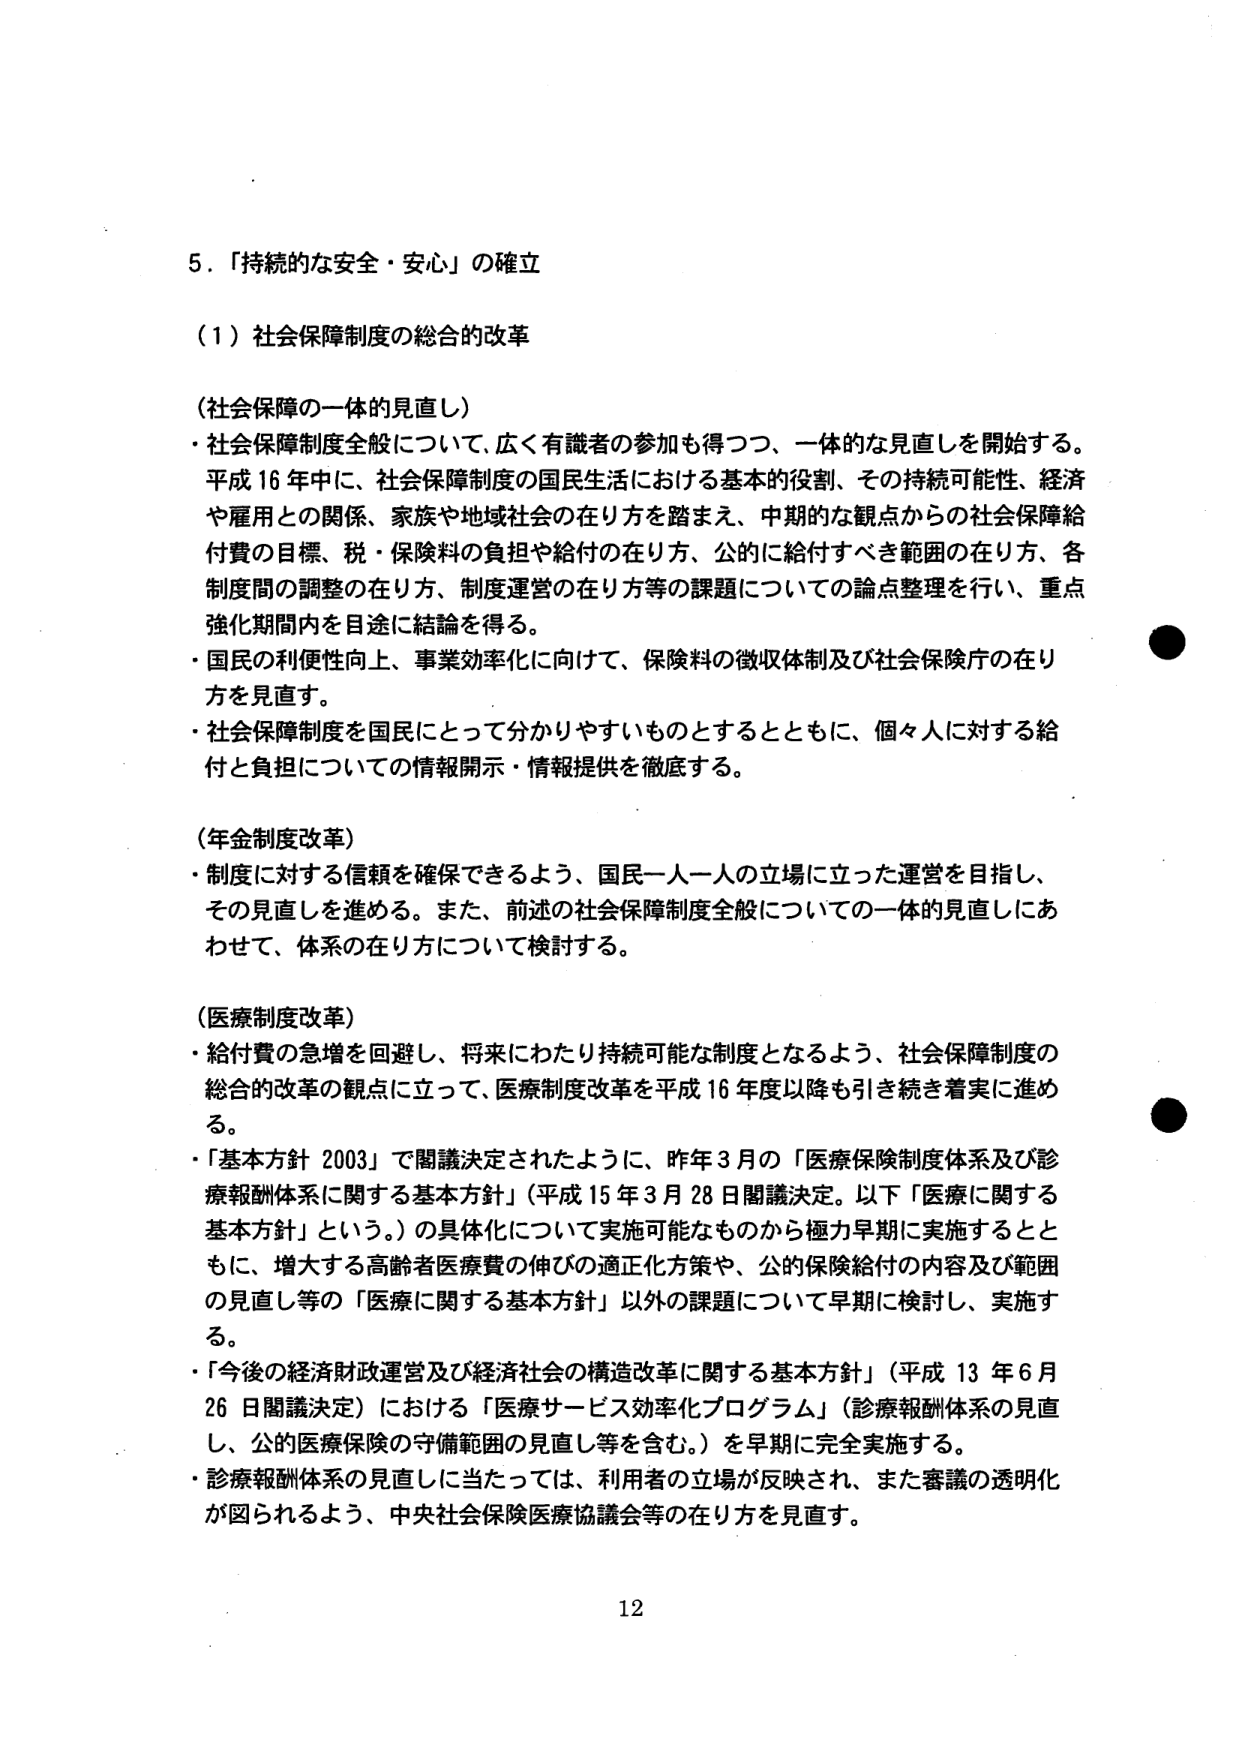
5．「持続的な安全・安心」の確立

（1）社会保障制度の総合的改革

（社会保障の一体的見直し）
・社会保障制度全般について、広く有識者の参加も得つつ、一体的な見直しを開始する。平成16年中に、社会保障制度の国民生活における基本的役割、その持続可能性、経済や雇用との関係、家族や地域社会の在り方を踏まえ、中期的な観点からの社会保障給付費の目標、税・保険料の負担や給付の在り方、公的に給付すべき範囲の在り方、各制度間の調整の在り方、制度運営の在り方等の課題についての論点整理を行い、重点強化期間内を目途に結論を得る。
・国民の利便性向上、事業効率化に向けて、保険料の徴収体制及び社会保険庁の在り方を見直す。
・社会保障制度を国民にとって分かりやすいものとするとともに、個々人に対する給付と負担についての情報開示・情報提供を徹底する。

（年金制度改革）
・制度に対する信頼を確保できるよう、国民一人一人の立場に立った運営を目指し、その見直しを進める。また、前述の社会保障制度全般についての一体的見直しにあわせて、体系の在り方について検討する。

（医療制度改革）
・給付費の急増を回避し、将来にわたり持続可能な制度となるよう、社会保障制度の総合的改革の観点に立って、医療制度改革を平成16年度以降も引き続き着実に進める。
・「基本方針2003」で閣議決定されたように、昨年3月の「医療保険制度体系及び診療報酬体系に関する基本方針」（平成15年3月28日閣議決定。以下「医療に関する基本方針」という。）の具体化について実施可能なものから極力早期に実施するとともに、増大する高齢者医療費の伸びの適正化方策や、公的保険給付の内容及び範囲の見直し等の「医療に関する基本方針」以外の課題について早期に検討し、実施する。
・「今後の経済財政運営及び経済社会の構造改革に関する基本方針」（平成13年6月26日閣議決定）における「医療サービス効率化プログラム」（診療報酬体系の見直し、公的医療保険の守備範囲の見直し等を含む。）を早期に完全実施する。
・診療報酬体系の見直しに当たっては、利用者の立場が反映され、また審議の透明化が図られるよう、中央社会保険医療協議会等の在り方を見直す。

12